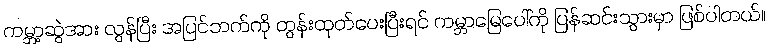
ကမ္ဘာ့ဆွဲအား လွန်ပြီး အပြင်ဘက်ကို တွန်းထုတ်ပေးပြီးရင် ကမ္ဘာမြေပေါ်ကို ပြန်ဆင်းသွားမှာ ဖြစ်ပါတယ်။